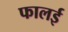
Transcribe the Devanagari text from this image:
फालई